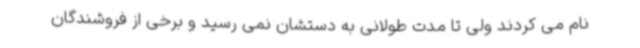
نام می کردند ولی تا مدت طولانی به دستشان نمی رسید و برخی از فروشندگان